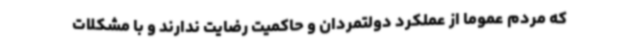
که مردم عموما از عملکرد دولتمردان و حاکمیت رضایت ندارند و با مشکلات